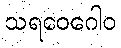
သရဝေဂေါဝ